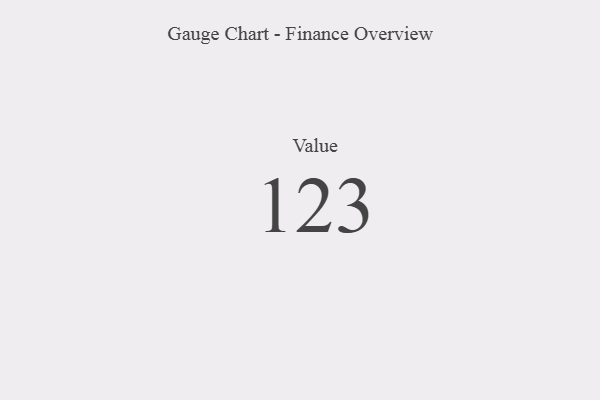
{"axis": {"x": "Metric", "y": "Value"}, "legend": [""], "data": [{"x": "Value", "y": 123, "type": ""}]}